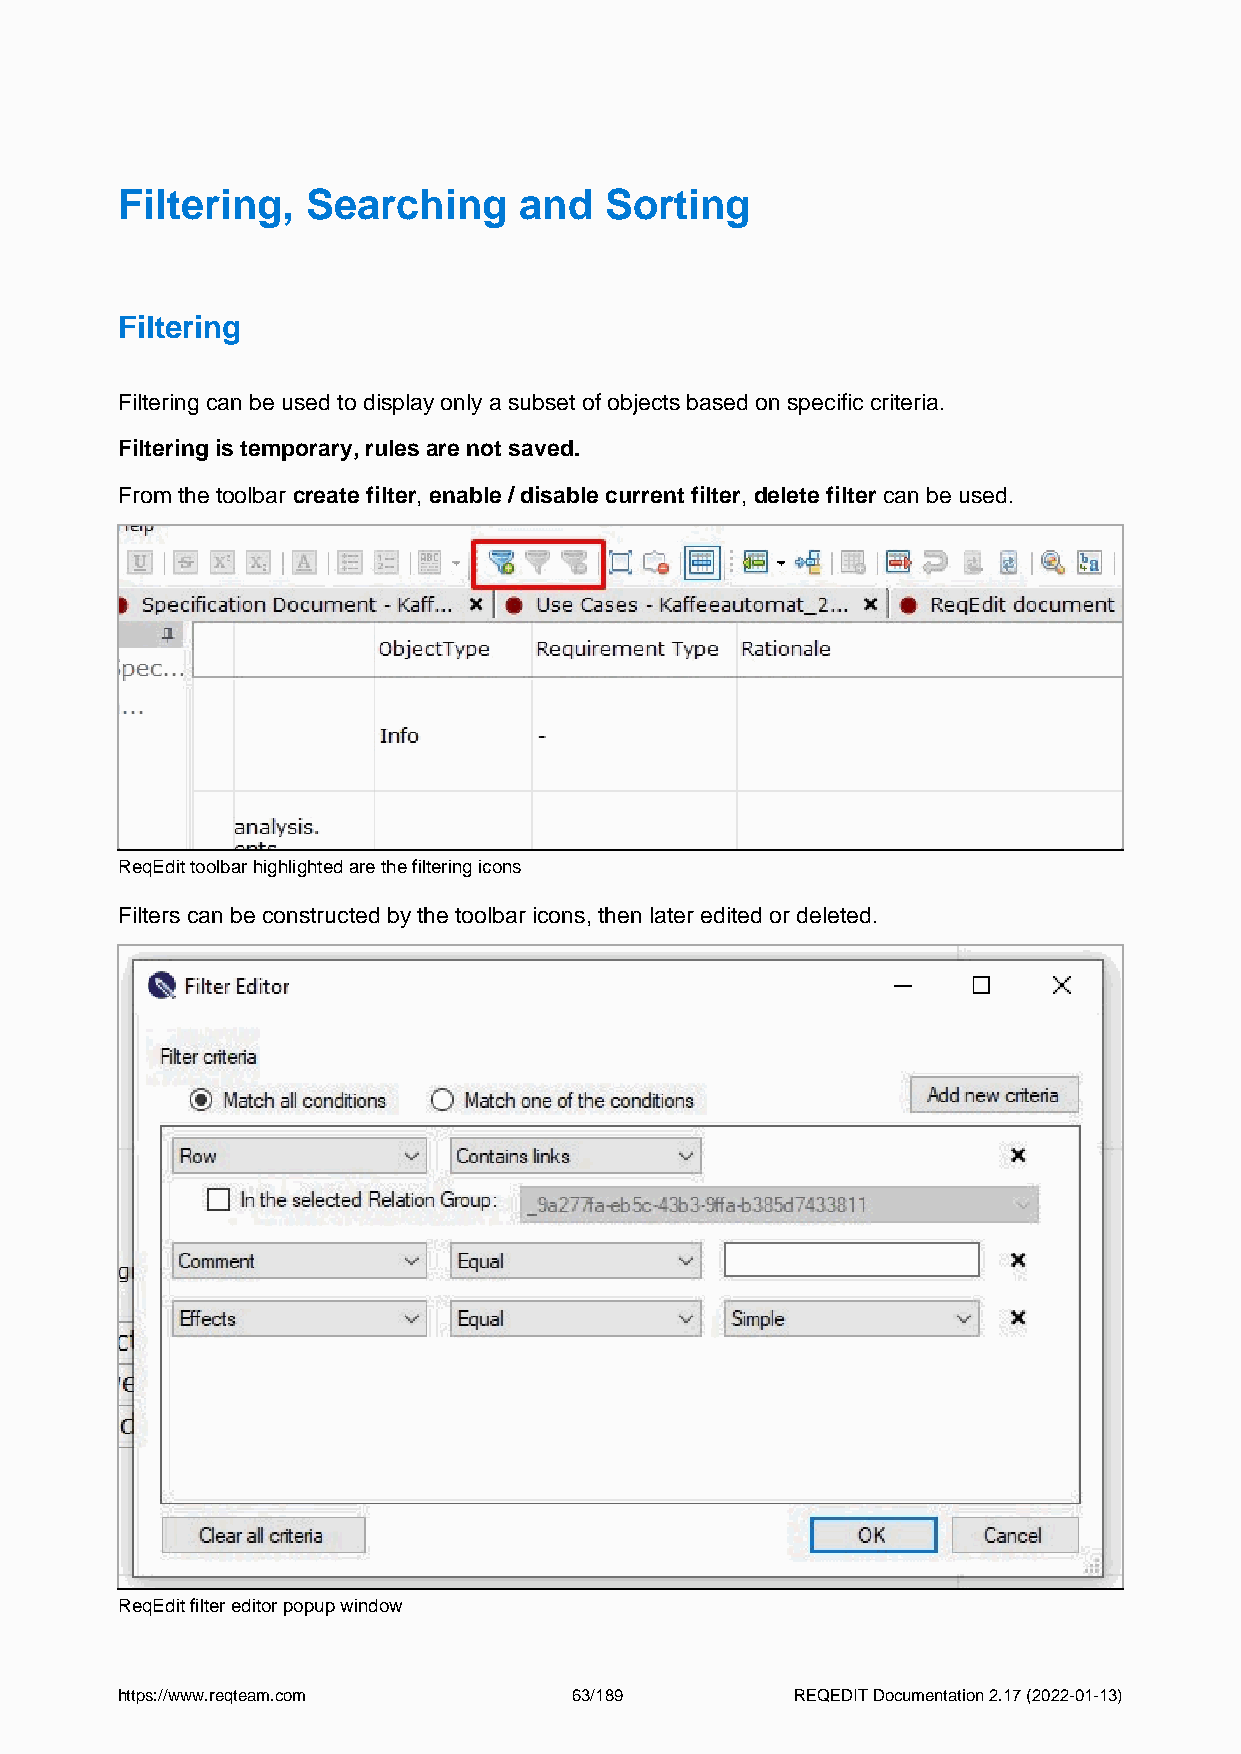
Filtering,  Searching     and   Sorting
 Filtering
 Filtering can be used to display only a subset of objects based on specific criteria.
 Filtering is temporary, rules are not saved.
 From the toolbar create filter, enable / disable current filter, delete filter can be used.
 ReqEdit toolbar highlighted are the filtering icons
 Filters can be constructed by the toolbar icons, then later edited or deleted.
 ReqEdit filter editor popup window
 https://www.reqteam.com       63/189         REQEDIT Documentation 2.17 (2022-01-13)